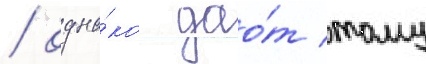
/ одна́ко дао́т тому